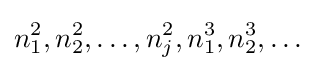
n_{1}^{2},n_{2}^{2},\dots ,n_{j}^{2},n_{1}^{3},n_{2}^{3},\dots